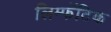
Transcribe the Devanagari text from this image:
लिम्फॅटिक